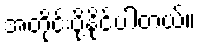
အတိုင်းပို့နိုင်ပါတယ်။